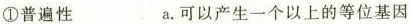
①\rightarrow普遍性 a。可以产生一个以上的等位基因